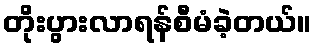
တိုးပွားလာရန်စီမံခဲ့တယ်။